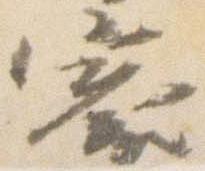
褰